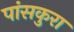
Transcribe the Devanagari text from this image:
पांसकुरा